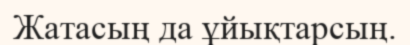
Жатасың да ұйықтарсың.